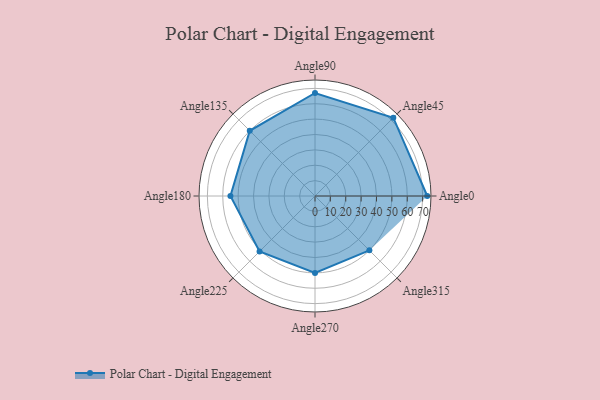
{"axis": {"x": "Angle", "y": "Radius"}, "legend": [""], "data": [{"x": "Angle0", "y": 73.0, "type": ""}, {"x": "Angle45", "y": 72.0, "type": ""}, {"x": "Angle90", "y": 67.0, "type": ""}, {"x": "Angle135", "y": 60.0, "type": ""}, {"x": "Angle180", "y": 55.0, "type": ""}, {"x": "Angle225", "y": 51.0, "type": ""}, {"x": "Angle270", "y": 50, "type": ""}, {"x": "Angle315", "y": 50, "type": ""}]}